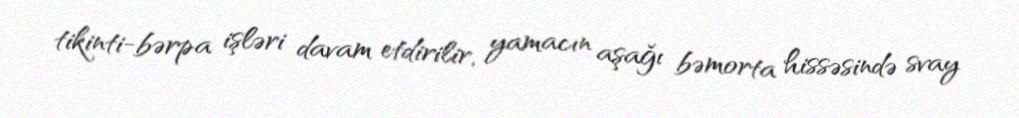
tikinti-bərpa işləri davam etdirilir, yamacın aşağı bəmorta hissəsində svay